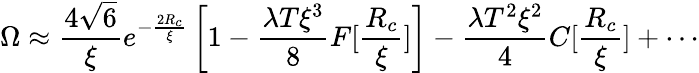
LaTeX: \Omega\approx\frac{4\sqrt{6}}{\xi}e^{-\frac{2R_{c}}{\xi}}\left[1-\frac{\lambda T\xi^{3}}{8}F[\frac{R_{c}}{\xi}]\right]-\frac{\lambda T^{2}\xi^{2}}{4}C[\frac{R_{c}}{\xi}]+\cdots